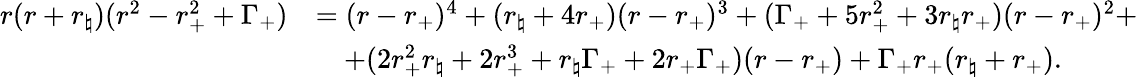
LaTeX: \begin{array}{rl}{r(r+r_{\natural})(r^{2}-r_{+}^{2}+\Gamma_{+})}&{=(r-r_{+})^{4}+(r_{\natural}+4r_{+})(r-r_{+})^{3}+(\Gamma_{+}+5r_{+}^{2}+3r_{\natural}r_{+})(r-r_{+})^{2}+}\\ &{\quad+(2r_{+}^{2}r_{\natural}+2r_{+}^{3}+r_{\natural}\Gamma_{+}+2r_{+}\Gamma_{+})(r-r_{+})+\Gamma_{+}r_{+}(r_{\natural}+r_{+}).}\end{array}